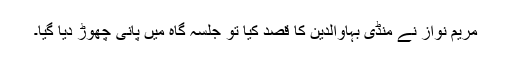
مریم نواز نے منڈی بہاؤالدین کا قصد کیا تو جلسہ گاہ میں پانی چھوڑ دیا گیا۔